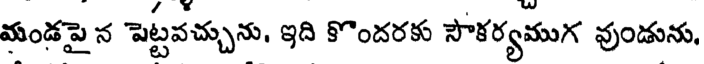
మండపై న పెట్టవచ్చును, ఇది కొందరకు సౌకర్యముగ వుండును,